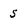
Character: 5